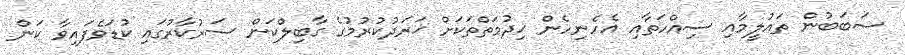
ސަބަބުން ތައުލީމާއި ސިއްހަތާއި އެހެނިހެން ޚިދުމަތްތަކަށް ޚަރަދުކުރުމުގެ ގާބިލްކަން ސަރުކާރުގައި ކުޑަވެފައިވާ ކަން